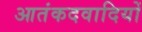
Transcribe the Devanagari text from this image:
आतंकदवादियों